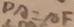
D A = A F